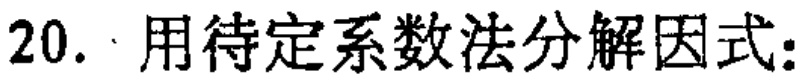
20. 用待定系数法分解因式：